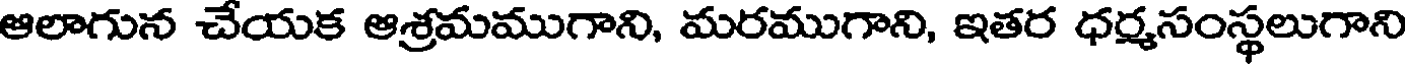
ఆలాగున చేయక ఆశ్రమముగాని, మరముగాని, ఇతర ధర్మసంస్థలుగాని